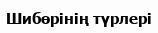
Шибөрінің түрлері